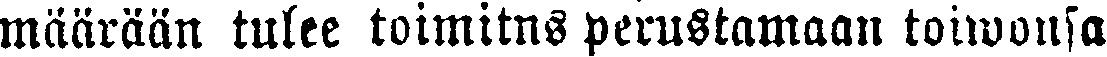
määrään tulee toimitus perustamaan toiwonsa